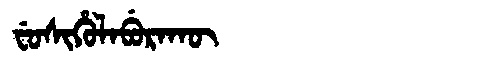
Manchu: ᠸᡠᠰᡳᡥᡠᠯᠠᠪᡠᡵᠠᡴᡡ
Romanization: FUSIHULABURAKŪ